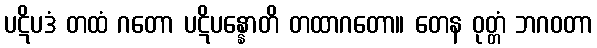
ပဋိပဒံ တထံ ဂတော ပဋိပန္နောတိ တထာဂတော။ တေန ဝုတ္တံ ဘဂဝတာ